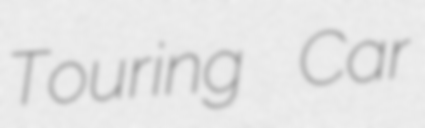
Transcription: Touring Car